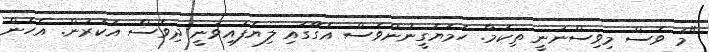
"މަ ވެސް މިވިސްނަނީ ތިކަމާ. ހަމަޔަގީނުންވެސް އެގޭގައި ލިޔެފައިވަނީ ދިވެސް އަކުރުން. އެހެން